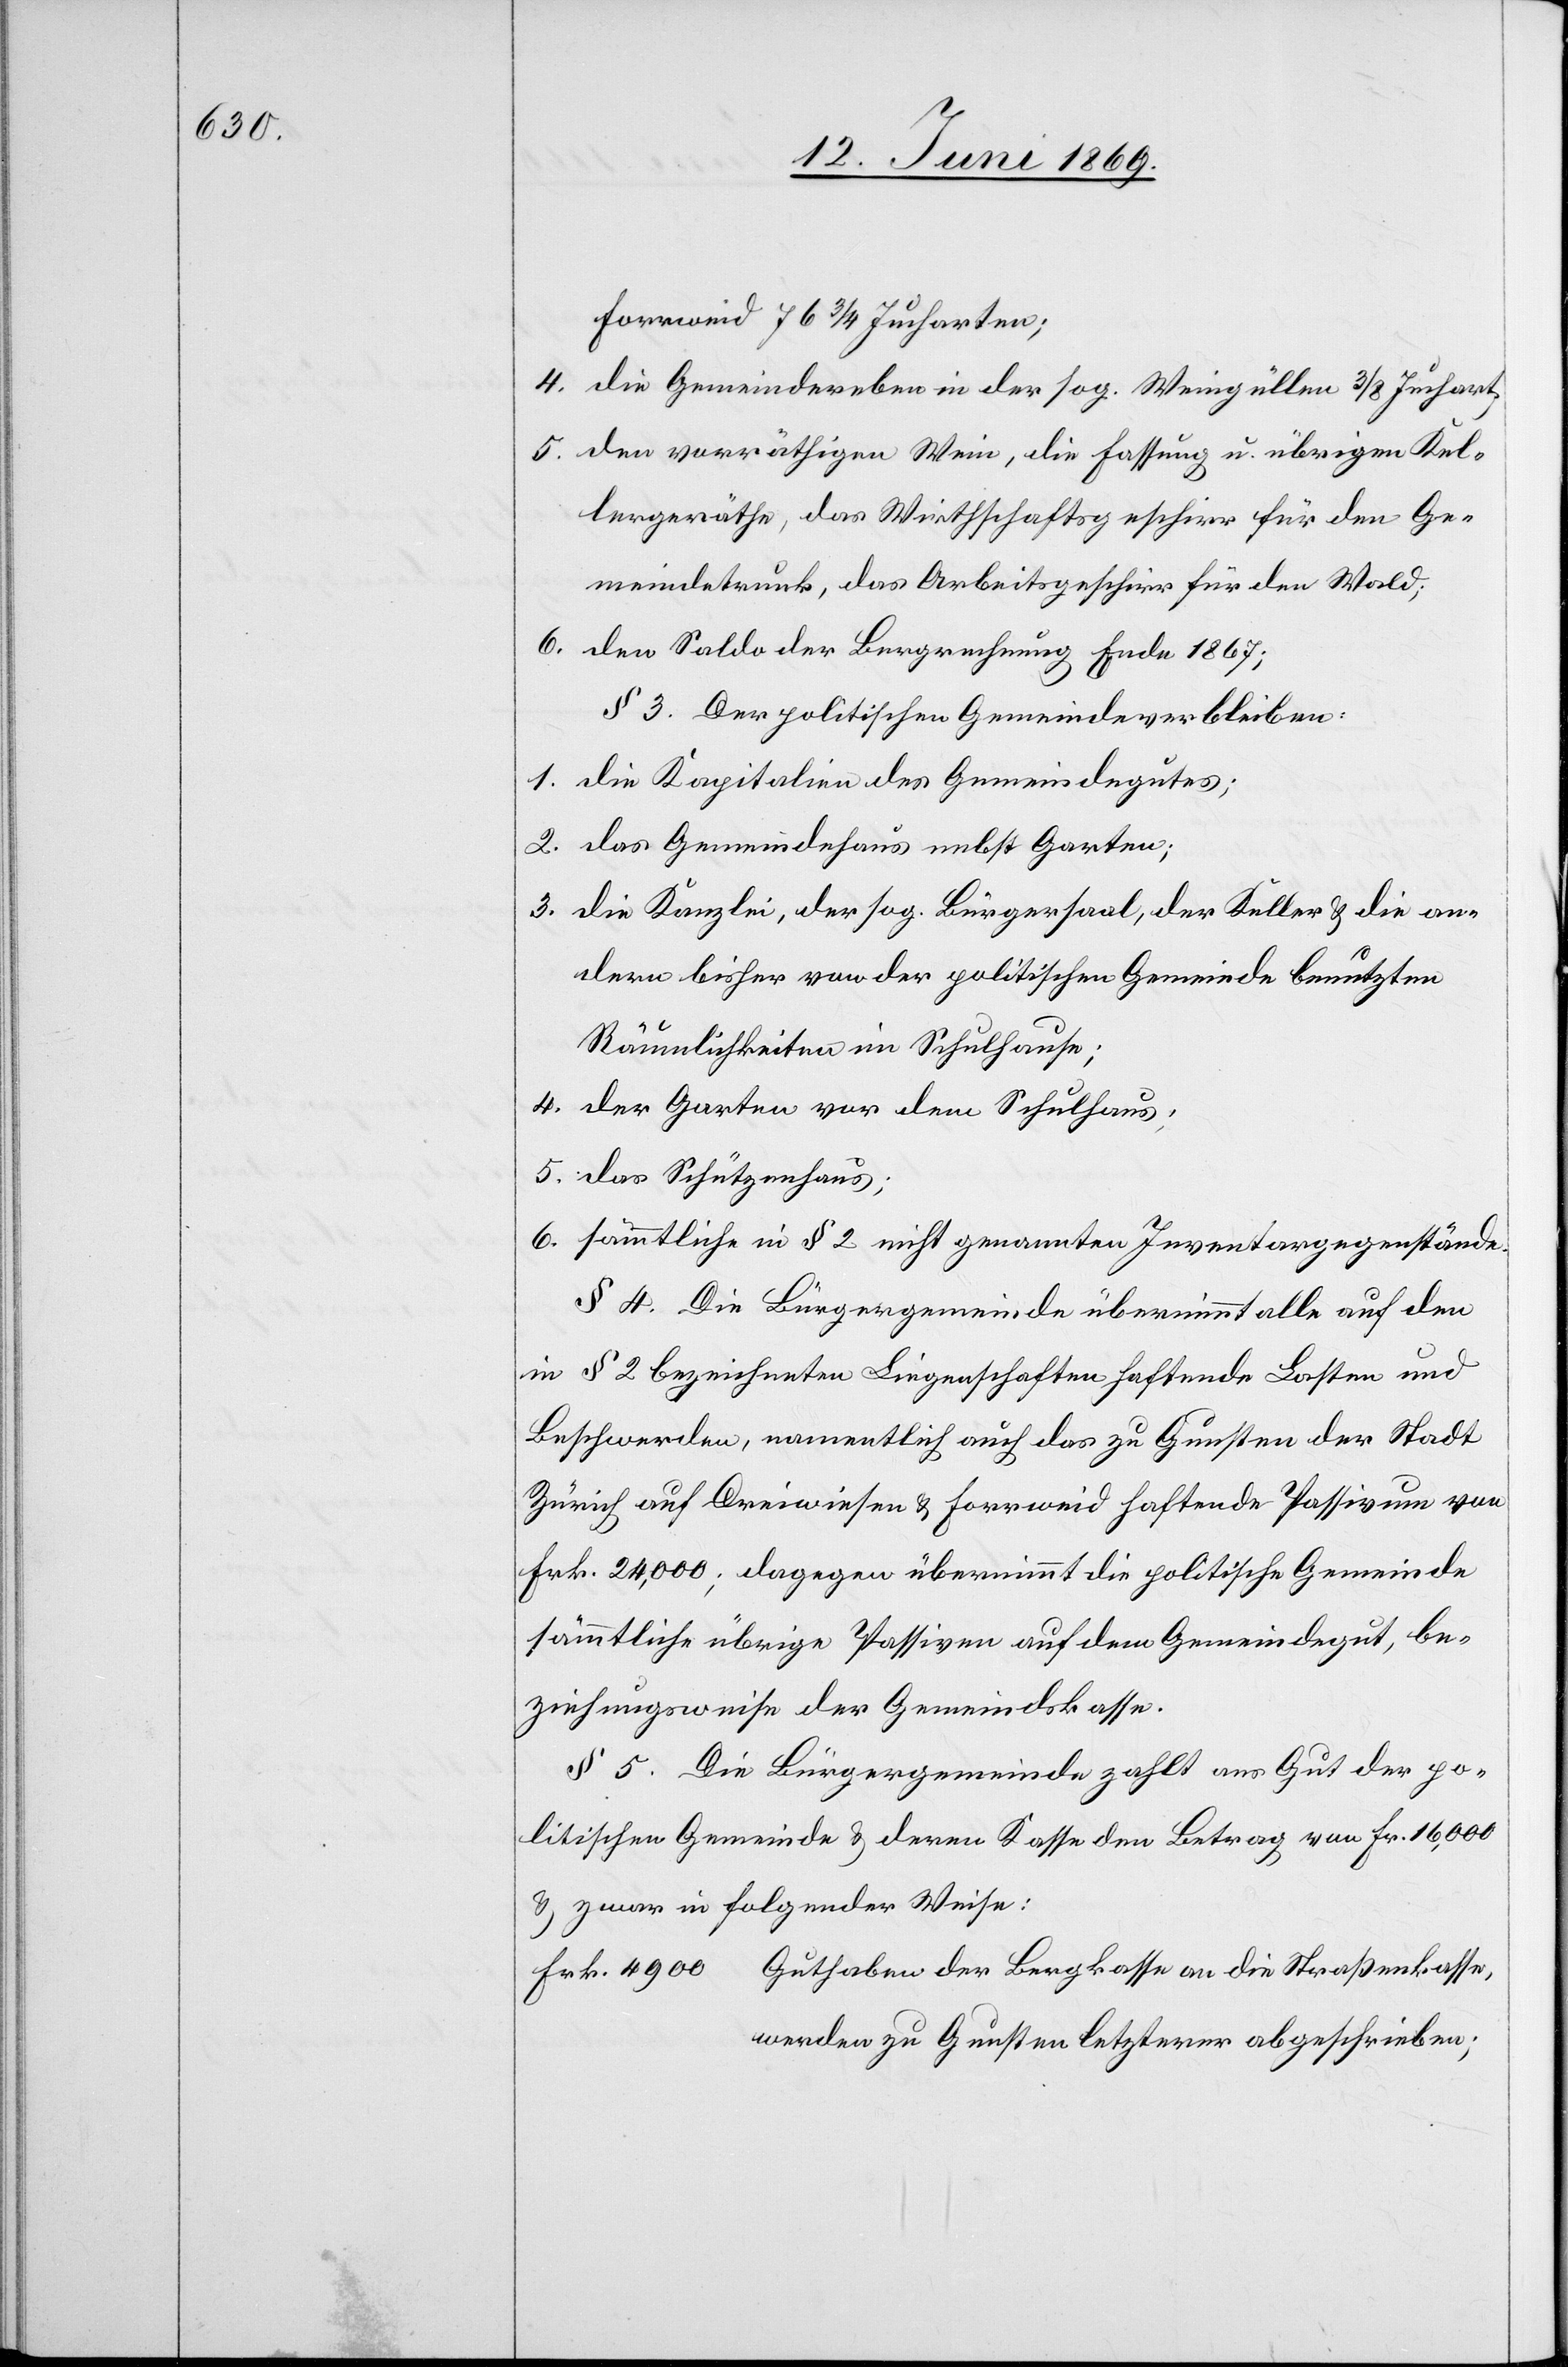
Forrweid 76 3/4 Jucharten;
4. die Gemeindeerben in der sog. Weingüllen 3/8 Juchart.
5. den vorräthigen Wein, die Fassung u. übrigen Kel¬
lergeräthe, das Wirthschaftsgeschirr für den Ge¬
meindetrunk, das Arbeitsgeschirr für den Wald;
6. den Saldo der Bergrechnung Ende 1867;
§ 3. Der politischen Gemeinde verbleiben:
1. die Kapitulation des Gemeindegutes;
2. das Gemeindehaus nebst Garten;
3. die Kanzlei, der sog. Bürgersaal, der Keller u. die an¬
dern bisher von der politischen Gemeinde benutzten
Räumlichkeiten im Schulhause;
4. der Garten vor dem Schulhaus;
5. das Schützenhaus;
6. sämmtliche in § 2 nicht genannten Inventargegenstände.
§ 4. Die Bürgergemeinde übernimmt alle auf den
in § 2 bezeichneten Liegenschaften haftende Lasten und
Beschwerden, namentlich auch das zu Gunsten der Stadt
Zürich auf Dreiwiesen u. Forrweid haftende Passivum von
Frk. 24,000; dagegen übernimmt die politische Gemeinde
sämmtliche übrige Passiven auf dem Gemeindgut, be¬
ziehungsweise der Gemeindskasse.
§ 5. Die Bürgergemeinde zahlt ans gut der po¬
litischen Gemeinde u. deren Kasse den Betrag von Fr. 16,000
u. zwar in folgender Weise:
Frk. 4900 Guthaben der Bergkasse an die Straßenkasse,
werden zu Gunsten letzterer abgeschrieben;